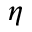
\eta